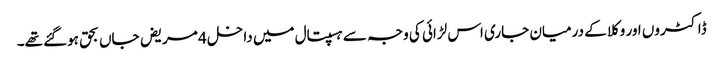
ڈاکٹروں اور وکلا کے درمیان جاری اس لڑائی کی وجہ سے ہسپتال میں داخل 4 مریض جاں بحق ہوگئے تھے۔